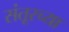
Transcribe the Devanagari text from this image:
संतूरच्या